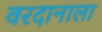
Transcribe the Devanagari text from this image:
वरदानाला